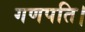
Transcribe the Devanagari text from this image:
गणपति।